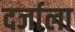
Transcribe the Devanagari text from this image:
दर्जाला